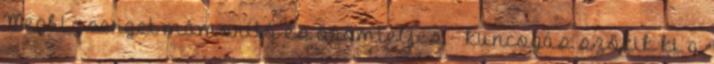
Megbizserget mámorító és örömteljes. – kuncogás szökik ki a